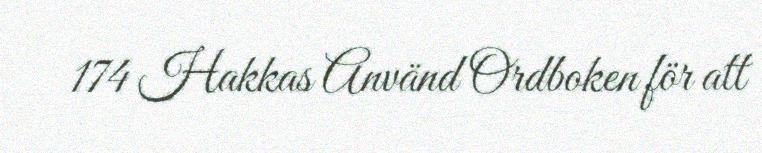
174 Hakkas Använd Ordboken för att